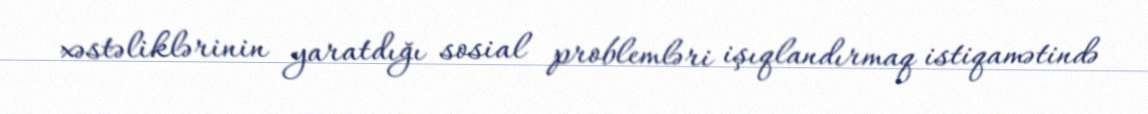
xəstəliklərinin yaratdığı sosial problemləri işıqlandırmaq istiqamətində